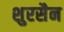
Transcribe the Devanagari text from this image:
शुरसैन